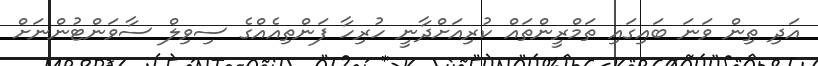
އަދި ތިން ވަނަ ބައިގައި ތަމްރީންތައް ކުރިއަށްދާނީ ހުރިހާ ފަންތިއެއްގެ ސިވިލް ސާވަންޓުންނަށް